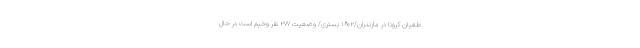
طغیان کرونا در مازندران/۱۶۰۲ بستری/ وضعیت ۲۷۷ نفر وخیم است در حال